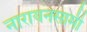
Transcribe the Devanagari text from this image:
नारायनसामी